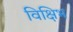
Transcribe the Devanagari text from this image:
विक्षिभ